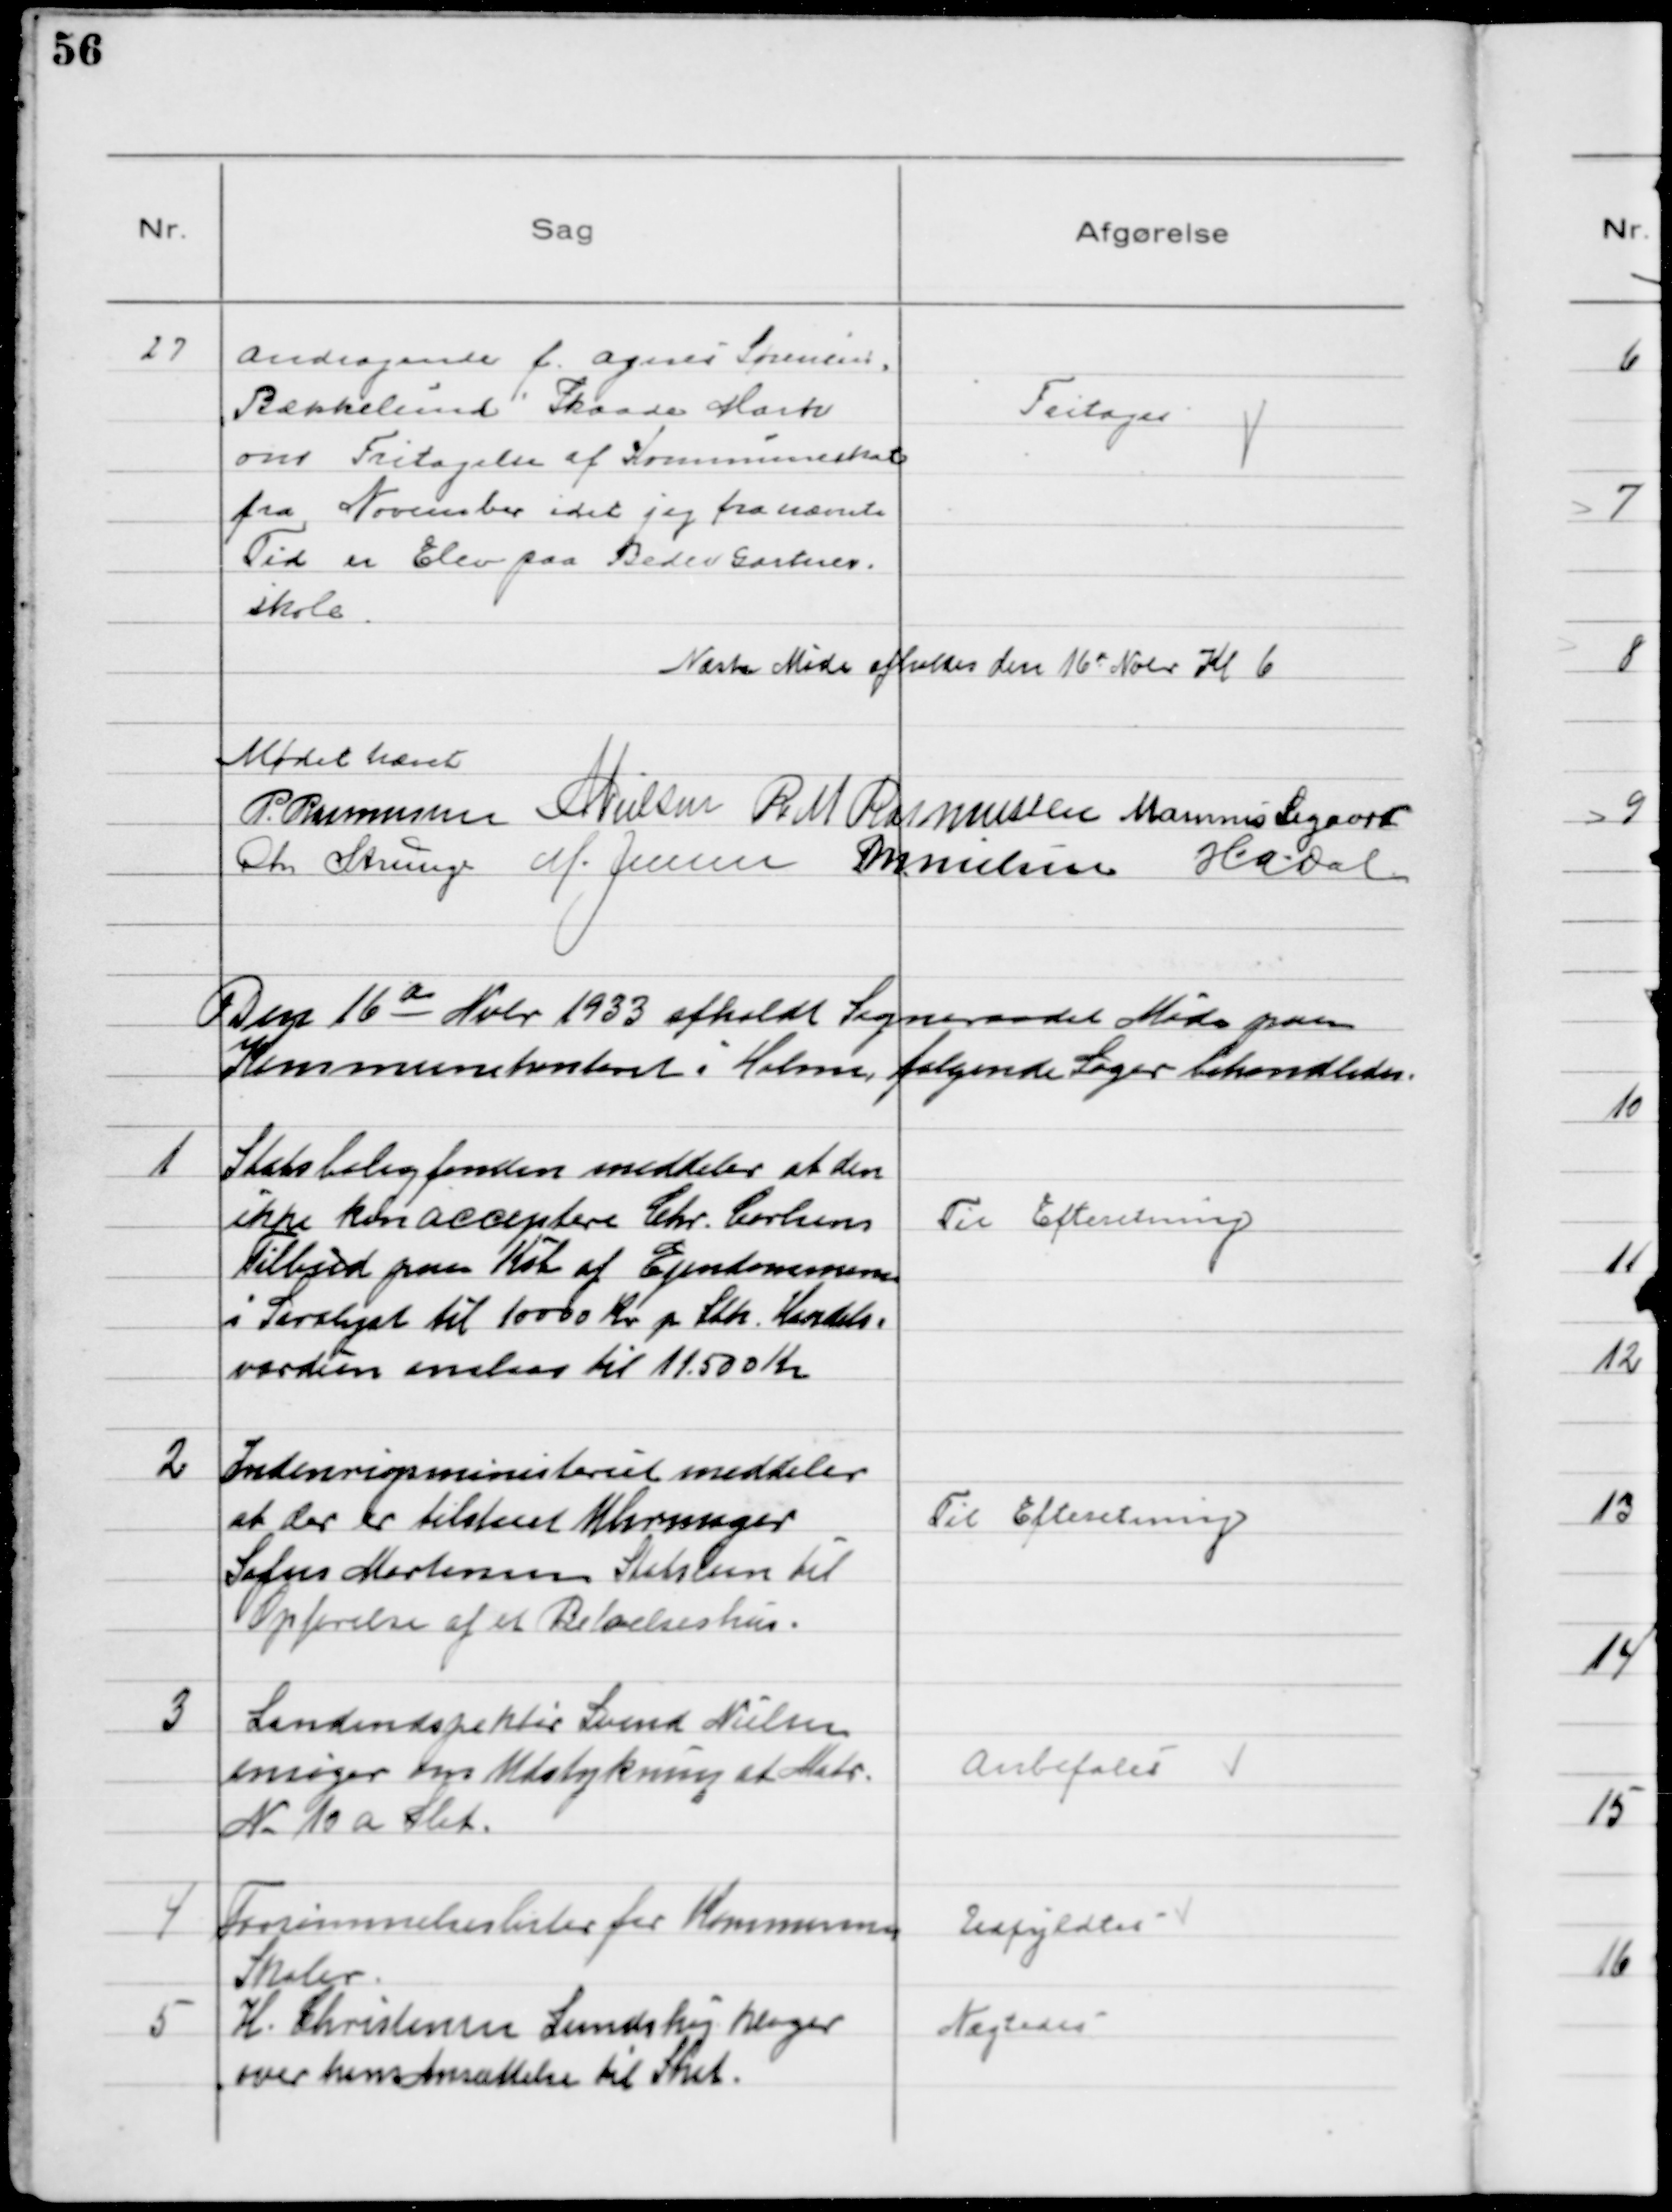
Transskription:
27
Andragende f. Agnes Sørensen,
Bækkelund Skaade Mark
om Fritagelse af Kommuneskat
fra November idet jeg fra nævnte
Tid er Elev paa Beder Gartner-
skole

Fritages

Næste Møde afholdes den 16de Nobr Kl 6
Mødet hævet
P. Rasmussen NNielsen R M Rasmussen Marinus Sigaard
Chr Strunge M. Jensen MNielsen HADal

Den 16de Nobr 1933 afholdt Sogneraadet Møde paa
Kommunekontoret i Holme, følgende Sager behandledes.

1
Statsboligfonden meddeler at den
ikke kan acceptere Chr. Carlsens
Tilbud paa Køb af Ejendommene
i Saralyst til 10000 Kr p Stk. Handels-
værdien anslaas til 11.500 Kr.

Til Efteretning

2
Indenrigsministeriet meddeler
at der er tilskrevet Uhrmager
Sofus Mortensen Statslaan til
Opførelse af et Beboelseshus-

Til Efteretning

3
Landinspektør Svend Nielsen
ansøger om Udstykning af Matr.
№ 10 a Slet.

Anbefales

4
Forsømmelseslister for Kommunens
Skoler

Udfyldtes

5
H. Christensen Lundshøj klager
over hans Ansættelse til Skat.

Nægtedes